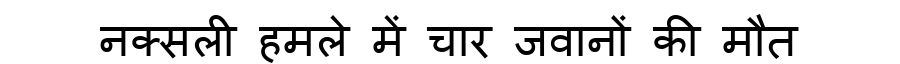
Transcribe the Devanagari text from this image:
नक्सली हमले में चार जवानों की मौत